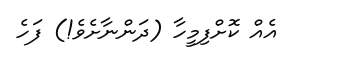
އެއް ކޮށްފިމީހާ (ދަންނާށެވެ!) ފަހެ